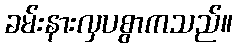
ခမ်းနားလှပစွာကသည်။